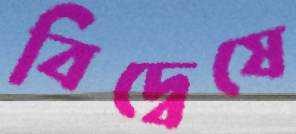
বিদ্বেষে